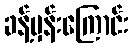
ခန့်မှန်းကြောင်း